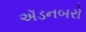
ઍડનબરો